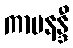
ကာမနန္ဒီ